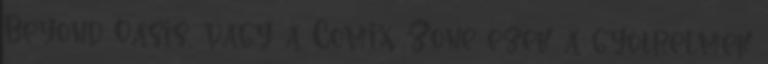
Beyond Oasis, vagy a Comix Zone ezek a gyötrelmek